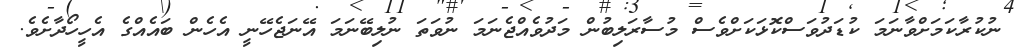
ނުކުރާކަމަށްވާނަމަ ކުޑަދުވަސްކޮޅަކަށްވެސް މުސާރަލިބުން މަދުވެއްޖެނަމަ ނުވަތަ ނުލިބޭނަމަ އޭނަޖެހޭނީ އެހެން ބައެއްގެ އެހީހޯދާށެވެ.